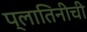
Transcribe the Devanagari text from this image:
प्लातिनीची